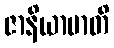
ဇာနိယာမာတိ